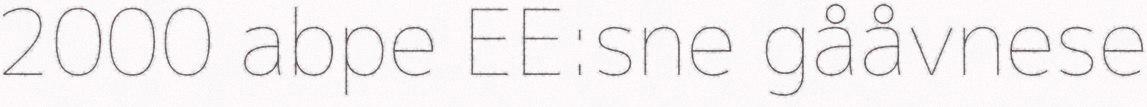
2000 abpe EE:sne gååvnese